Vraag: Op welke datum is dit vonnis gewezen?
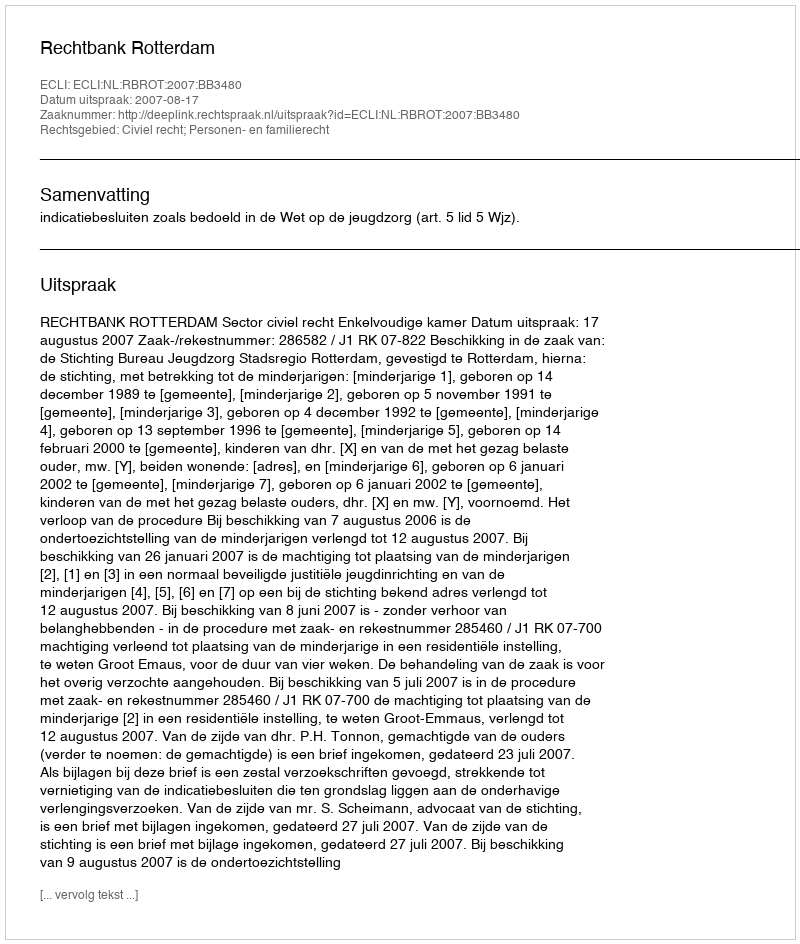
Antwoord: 2007-08-17